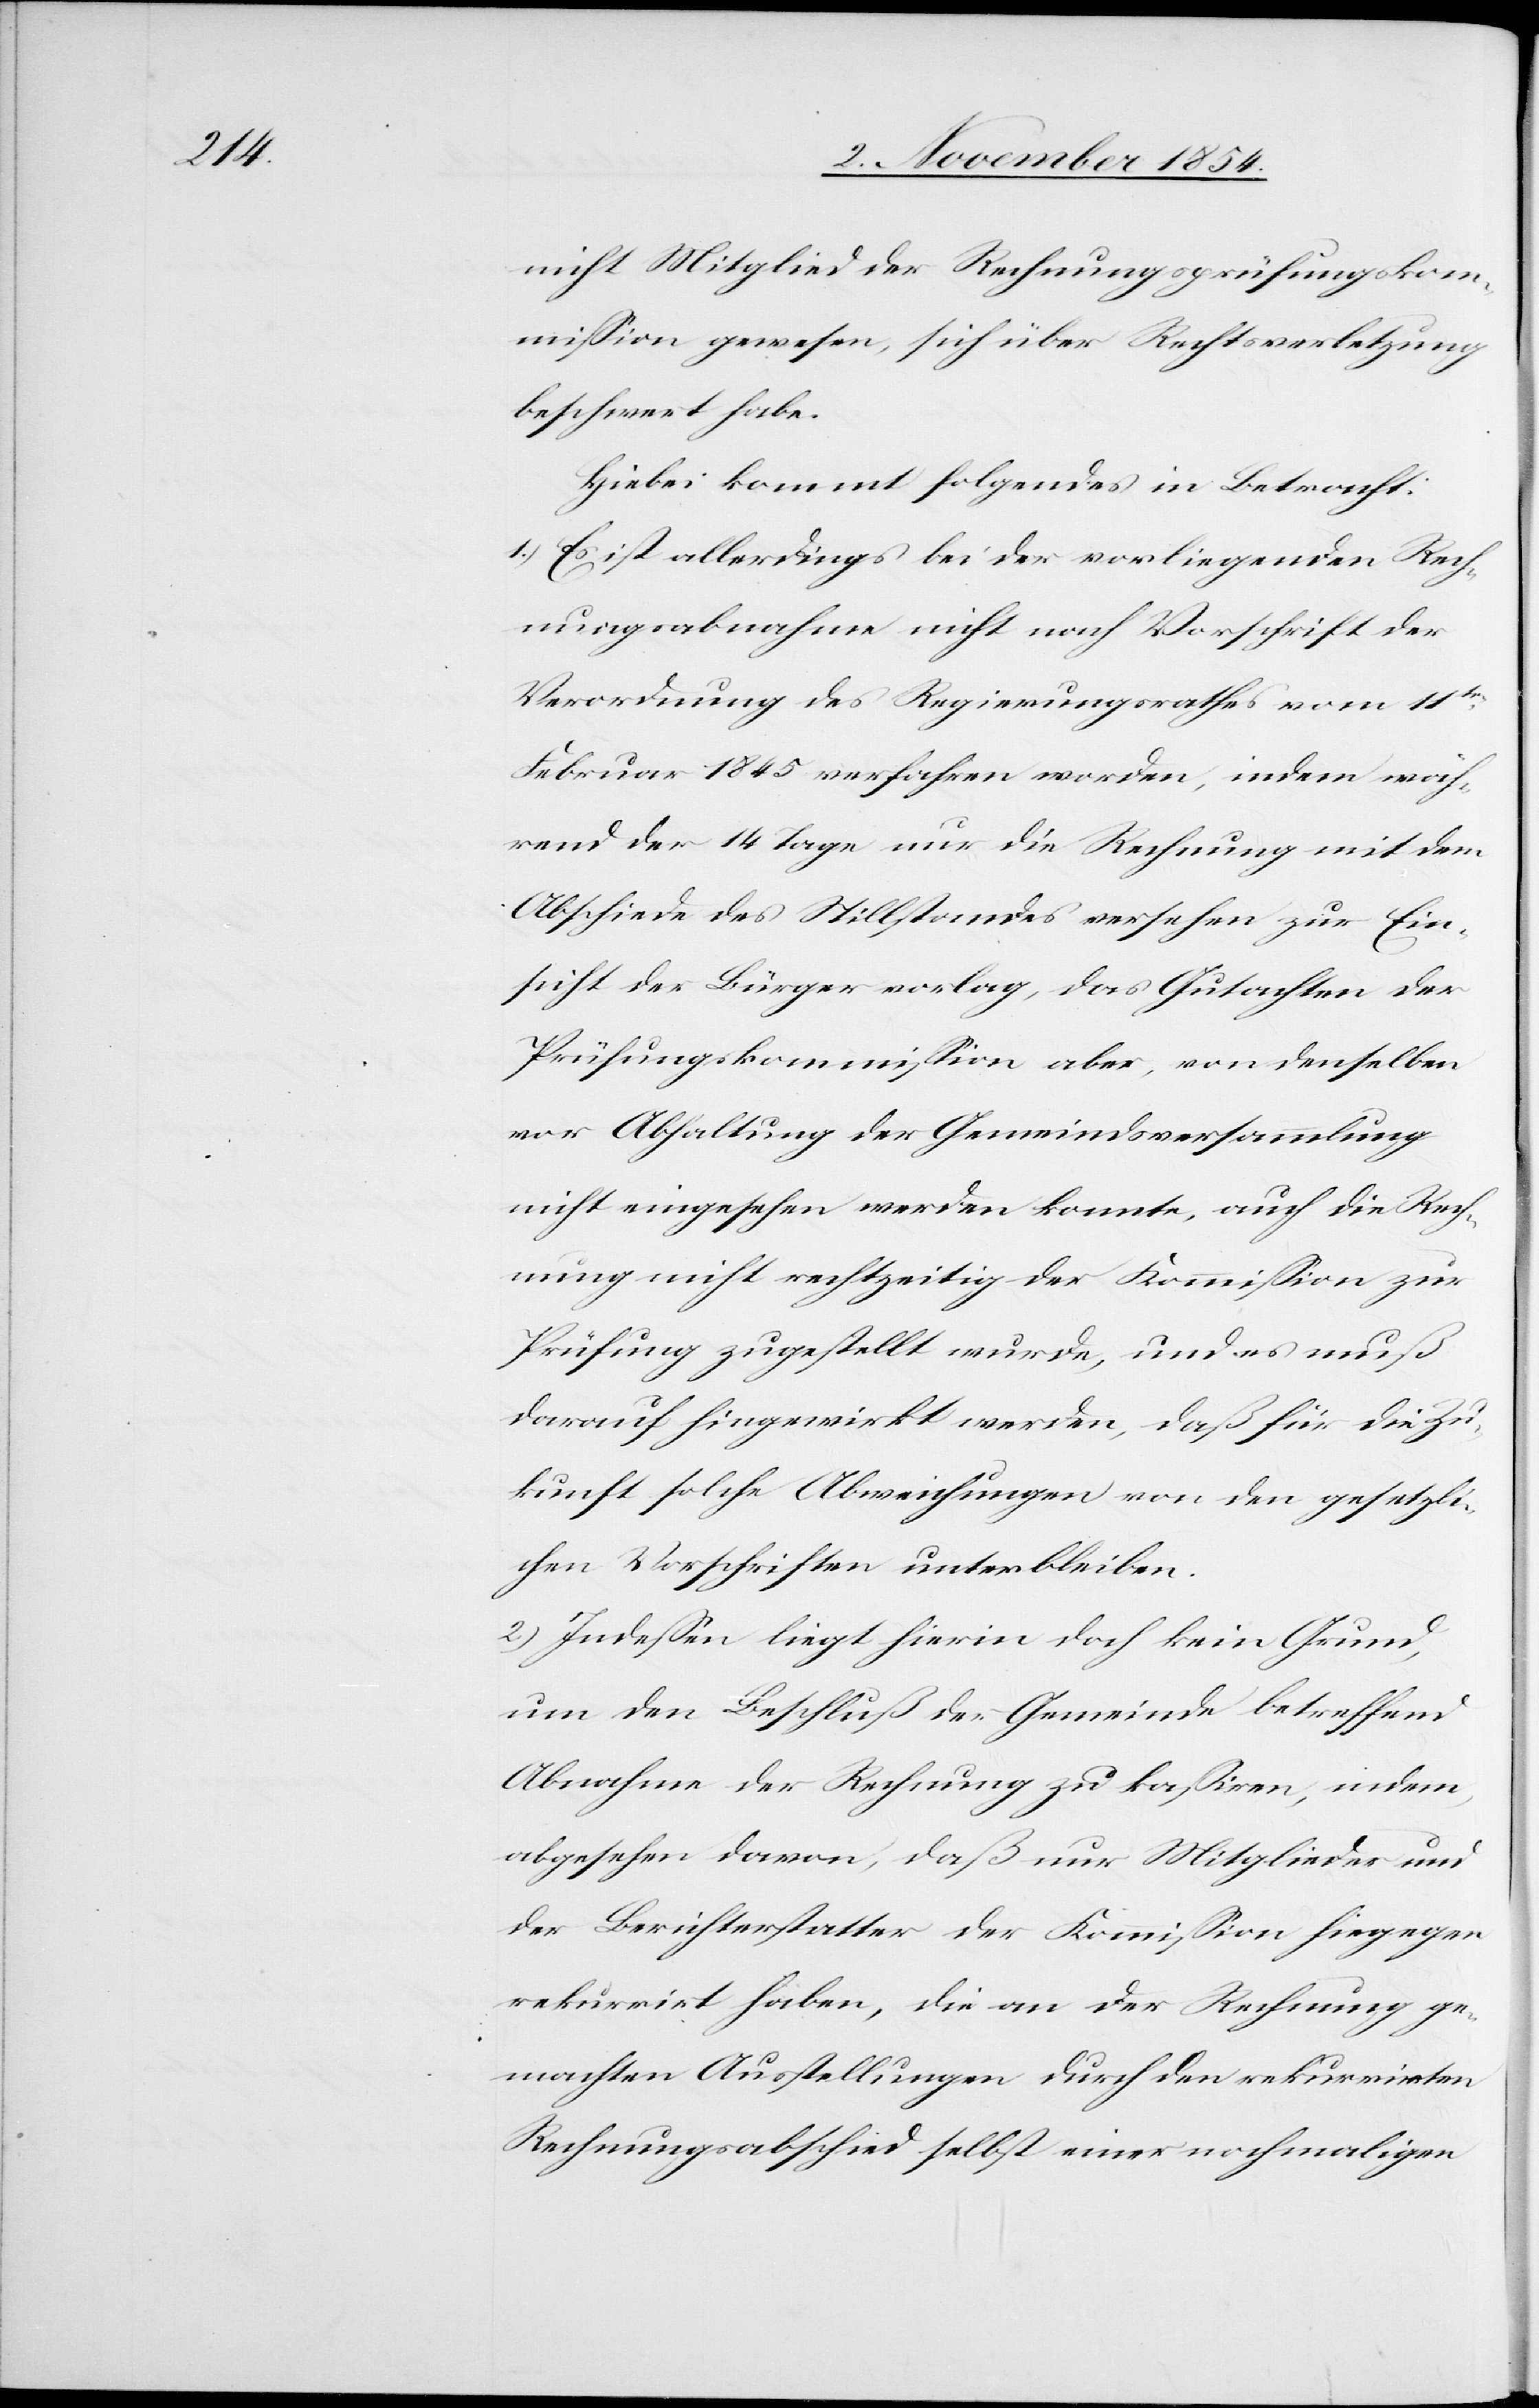
nicht Mitglied der Rechnungsprüfungskom¬
mißion gewesen, sich über Rechtsverletzung
beschwert habe.
Hiebei kommt folgendes in Betracht:
1.) Es ist allerdings bei der vorliegenden Rech¬
nungsabnahme nicht nach Vorschrift der
Verordnung des Regierungsrathes vom 11ten
Februar 1845 verfahren worden, indem wäh¬
rend der 14 Tage nur die Rechnung mit dem
Abschiede des Stillstandes versehen zur Ein¬
sicht der Bürger vorlag, das Gutachten der
Prüfungskommißion aber, von denselben
vor Abhaltung der Gemeindsversammlung
nicht eingesehen werden konnte, auch die Rech¬
nung nicht rechtzeitig der Kommißion zur
Prüfung zugestellt wurde, und es muß
darauf hingewirkt werden, daß für die Zu¬
kunft solche Abweichungen von den gesetzli¬
chen Vorschriften unterbleiben.
2.) Indeßen liegt hierin doch kein Grund,
um den Beschluß der Gemeinde betreffend
Abnahme der Rechnung zu kaßiren, indem,
abgesehen davon, daß nur Mitglieder und
der Berichterstatter der Kommißion hiegegen
rekurrirt haben, die an der Rechnung ge¬
machten Ausstellungen durch den rekurrirten
Rechnungsabschied selbst einer nochmaligen